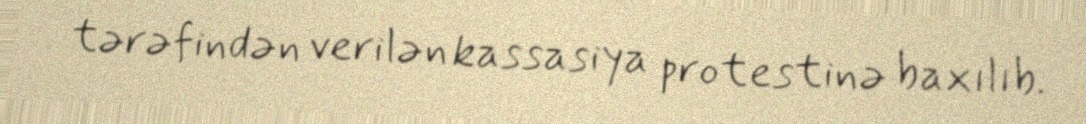
tərəfindən verilən kassasiya protestinə baxılıb.